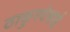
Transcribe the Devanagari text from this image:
ठाकुरदेसाई